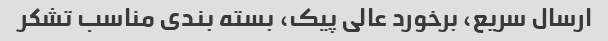
ارسال سریع، برخورد عالی پیک، بسته بندی مناسب تشکر